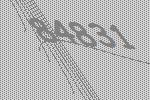
84831